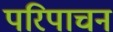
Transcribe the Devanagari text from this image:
परिपाचन